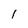
Character: I